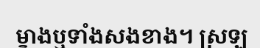
ម្ខាងឬទាំងសងខាង។ ស្រឡ